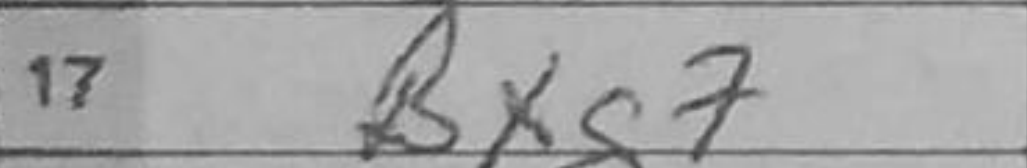
Transcription: Bxg7